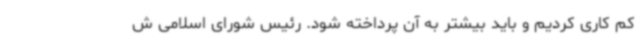
کم کاری کردیم و باید بیشتر به آن پرداخته شود. رئیس شورای اسلامی ش